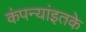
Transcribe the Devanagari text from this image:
कंपन्यांइतके